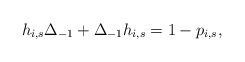
\begin{align*}h_{i,s} \Delta_{-1} + \Delta_{-1} h_{i,s} = 1- p_{i,s}, \end{align*}